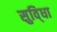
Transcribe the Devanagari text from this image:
सुवि्धा